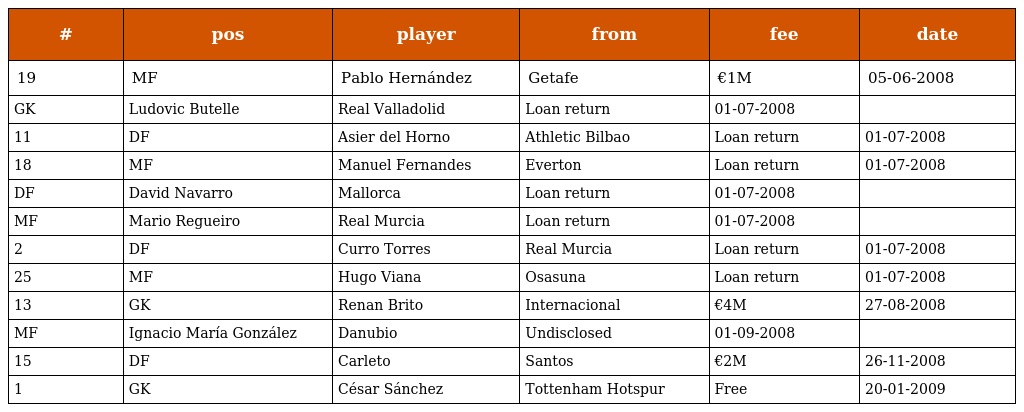
| # | pos | player | from | fee | date |
 | --- | --- | --- | --- | --- | --- |
 | 19 | MF | Pablo Hernández | Getafe | €1M | 05-06-2008 |
 | GK | Ludovic Butelle | Real Valladolid | Loan return | 01-07-2008 |  |
 | 11 | DF | Asier del Horno | Athletic Bilbao | Loan return | 01-07-2008 |
 | 18 | MF | Manuel Fernandes | Everton | Loan return | 01-07-2008 |
 | DF | David Navarro | Mallorca | Loan return | 01-07-2008 |  |
 | MF | Mario Regueiro | Real Murcia | Loan return | 01-07-2008 |  |
 | 2 | DF | Curro Torres | Real Murcia | Loan return | 01-07-2008 |
 | 25 | MF | Hugo Viana | Osasuna | Loan return | 01-07-2008 |
 | 13 | GK | Renan Brito | Internacional | €4M | 27-08-2008 |
 | MF | Ignacio María González | Danubio | Undisclosed | 01-09-2008 |  |
 | 15 | DF | Carleto | Santos | €2M | 26-11-2008 |
 | 1 | GK | César Sánchez | Tottenham Hotspur | Free | 20-01-2009 |